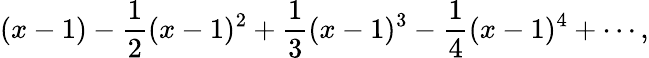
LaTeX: (x-1)-{\frac{1}{2}}(x-1)^{2}+{\frac{1}{3}}(x-1)^{3}-{\frac{1}{4}}(x-1)^{4}+\cdots,